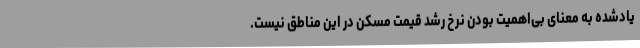
یادشده به معنای بی‌اهمیت بودن نرخ رشد قیمت مسکن در این مناطق نیست.